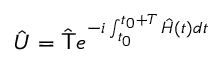
\hat { U } = \hat { \mathsf { T } } e ^ { - i \int _ { t _ { 0 } } ^ { t _ { 0 } + T } \hat { H } ( t ) d t }